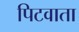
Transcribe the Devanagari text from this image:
पिटवाता